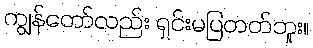
ကျွန်တော်လည်း ရှင်းမပြတတ်ဘူး။